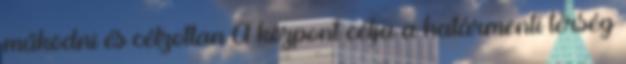
működni és célzottan A központ célja a határmenti térség